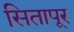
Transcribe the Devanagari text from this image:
सितापूर